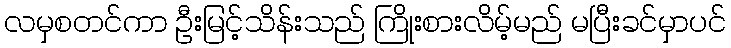
လမှစတင်ကာ ဦးမြင့်သိန်းသည် ကြိုးစားလိမ့်မည် မပြီးခင်မှာပင်